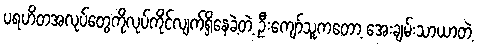
ပရဟိတအလုပ်တွေကိုလုပ်ကိုင်လျက်ရှိနေခဲ့တဲ့ ဦးကျော်သူကတော့ အေးချမ်းသာယာတဲ့